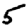
Digit: 5